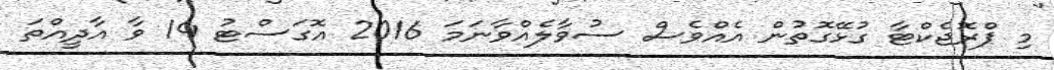
މި ޕްރޮޖެކްޓާ ގުޅޭގޮތުން އެއްވެސް ސުވާލެއްވާނަމަ 2016 އޮގަސްޓު 14 ވާ އާދީއްތަ